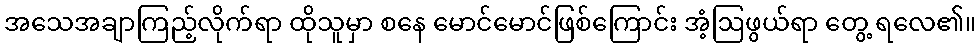
အသေအချာကြည့်လိုက်ရာ ထိုသူမှာ စနေ မောင်မောင်ဖြစ်ကြောင်း အံ့ဩဖွယ်ရာ တွေ့ ရလေ၏။